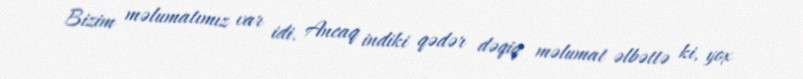
Bizim məlumatımız var idi. Ancaq indiki qədər dəqiq məlumat əlbəttə ki, yox